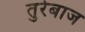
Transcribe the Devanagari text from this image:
तुरेबाज